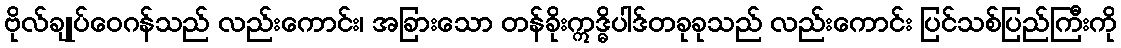
ဗိုလ်ချုပ်ဝေဂန်သည် လည်းကောင်း၊ အခြားသော တန်ခိုးဣဒ္ဓိပါဒ်တခုခုသည် လည်းကောင်း ပြင်သစ်ပြည်ကြီးကို